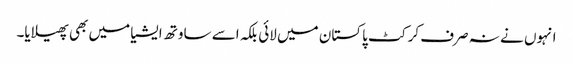
انہوں نے نہ صرف کرکٹ پاکستان میں لائی بلکہ اسے ساوتھ ایشیا میں بھی پھیلایا۔